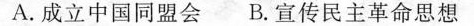
A.成立中国同盟会 B.宣传民主革命思想